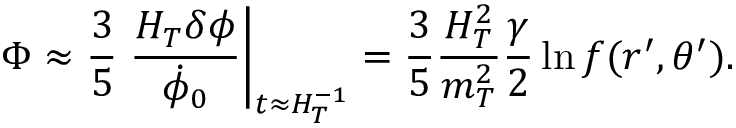
\Phi \approx { \frac { 3 } { 5 } } \left. { \frac { H _ { T } \delta \phi } { \dot { \phi } _ { 0 } } } \right| _ { t \approx H _ { T } ^ { - 1 } } = { \frac { 3 } { 5 } } { \frac { H _ { T } ^ { 2 } } { m _ { T } ^ { 2 } } } { \frac { \gamma } { 2 } } \ln f ( r ^ { \prime } , \theta ^ { \prime } ) .